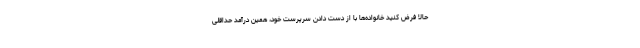
حالا فرض کنید خانواده‌ها با از دست دادن سرپرست خود، همین درآمد حداقلی